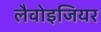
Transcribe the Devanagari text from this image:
लैवोइजियर